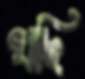
খাছি